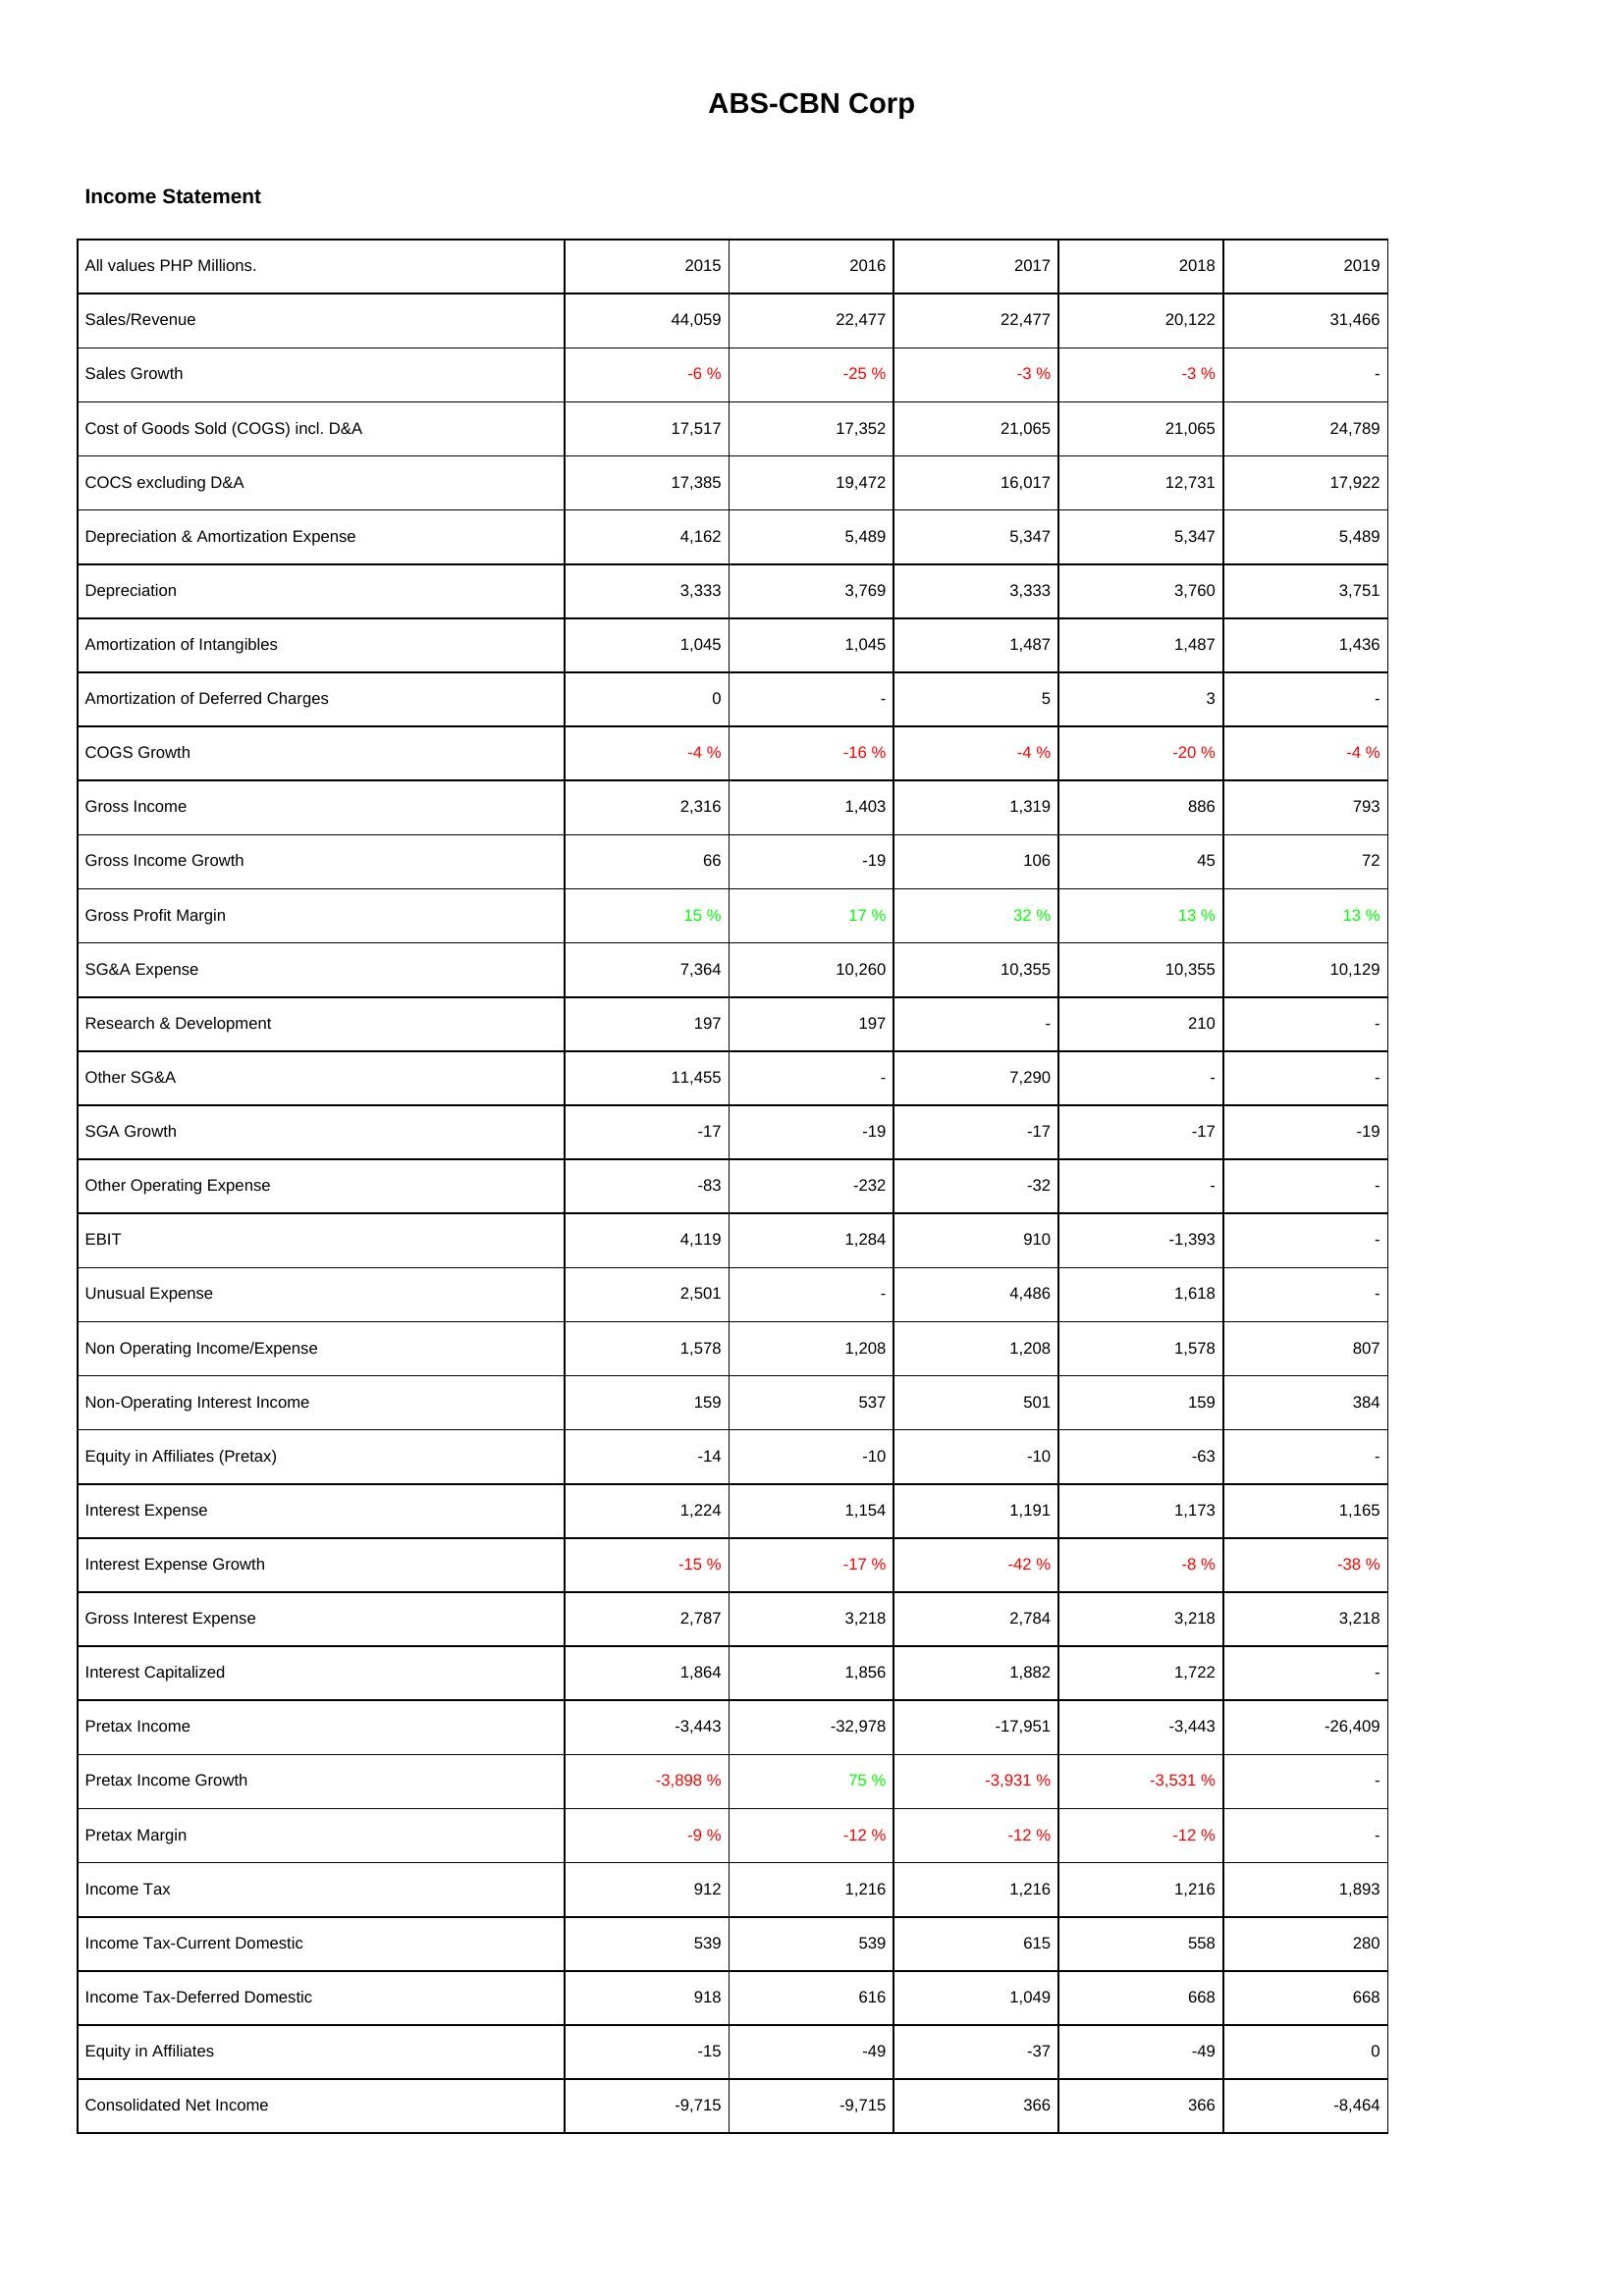
2015: Income Statement: Sales/Revenue: 44,059
Sales Growth: -6 %
Cost of Goods Sold (COGS) incl. D&A: 17,517
COCS excluding D&A: 17,385
Depreciation & Amortization Expense: 4,162
Depreciation: 3,333
Amortization of Intangibles: 1,045
Amortization of Deferred Charges: 0
COGS Growth: -4 %
Gross Income: 2,316
Gross Income Growth: 66
Gross Profit Margin: 15 %
SG&A Expense: 7,364
Research & Development: 197
Other SG&A: 11,455
SGA Growth: -17
Other Operating Expense: -83
EBIT: 4,119
Unusual Expense: 2,501
Non Operating Income/Expense: 1,578
Non-Operating Interest Income: 159
Equity in Affiliates (Pretax): -14
Interest Expense: 1,224
Interest Expense Growth: -15 %
Gross Interest Expense: 2,787
Interest Capitalized: 1,864
Pretax Income: -3,443
Pretax Income Growth: -3,898 %
Pretax Margin: -9 %
Income Tax: 912
Income Tax-Current Domestic: 539
Income Tax-Deferred Domestic: 918
Equity in Affiliates: -15
Consolidated Net Income: -9,715
2016: Income Statement: Sales/Revenue: 22,477
Sales Growth: -25 %
Cost of Goods Sold (COGS) incl. D&A: 17,352
COCS excluding D&A: 19,472
Depreciation & Amortization Expense: 5,489
Depreciation: 3,769
Amortization of Intangibles: 1,045
Amortization of Deferred Charges: -
COGS Growth: -16 %
Gross Income: 1,403
Gross Income Growth: -19
Gross Profit Margin: 17 %
SG&A Expense: 10,260
Research & Development: 197
Other SG&A: -
SGA Growth: -19
Other Operating Expense: -232
EBIT: 1,284
Unusual Expense: -
Non Operating Income/Expense: 1,208
Non-Operating Interest Income: 537
Equity in Affiliates (Pretax): -10
Interest Expense: 1,154
Interest Expense Growth: -17 %
Gross Interest Expense: 3,218
Interest Capitalized: 1,856
Pretax Income: -32,978
Pretax Income Growth: 75 %
Pretax Margin: -12 %
Income Tax: 1,216
Income Tax-Current Domestic: 539
Income Tax-Deferred Domestic: 616
Equity in Affiliates: -49
Consolidated Net Income: -9,715
2017: Income Statement: Sales/Revenue: 22,477
Sales Growth: -3 %
Cost of Goods Sold (COGS) incl. D&A: 21,065
COCS excluding D&A: 16,017
Depreciation & Amortization Expense: 5,347
Depreciation: 3,333
Amortization of Intangibles: 1,487
Amortization of Deferred Charges: 5
COGS Growth: -4 %
Gross Income: 1,319
Gross Income Growth: 106
Gross Profit Margin: 32 %
SG&A Expense: 10,355
Research & Development: -
Other SG&A: 7,290
SGA Growth: -17
Other Operating Expense: -32
EBIT: 910
Unusual Expense: 4,486
Non Operating Income/Expense: 1,208
Non-Operating Interest Income: 501
Equity in Affiliates (Pretax): -10
Interest Expense: 1,191
Interest Expense Growth: -42 %
Gross Interest Expense: 2,784
Interest Capitalized: 1,882
Pretax Income: -17,951
Pretax Income Growth: -3,931 %
Pretax Margin: -12 %
Income Tax: 1,216
Income Tax-Current Domestic: 615
Income Tax-Deferred Domestic: 1,049
Equity in Affiliates: -37
Consolidated Net Income: 366
2018: Income Statement: Sales/Revenue: 20,122
Sales Growth: -3 %
Cost of Goods Sold (COGS) incl. D&A: 21,065
COCS excluding D&A: 12,731
Depreciation & Amortization Expense: 5,347
Depreciation: 3,760
Amortization of Intangibles: 1,487
Amortization of Deferred Charges: 3
COGS Growth: -20 %
Gross Income: 886
Gross Income Growth: 45
Gross Profit Margin: 13 %
SG&A Expense: 10,355
Research & Development: 210
Other SG&A: -
SGA Growth: -17
Other Operating Expense: -
EBIT: -1,393
Unusual Expense: 1,618
Non Operating Income/Expense: 1,578
Non-Operating Interest Income: 159
Equity in Affiliates (Pretax): -63
Interest Expense: 1,173
Interest Expense Growth: -8 %
Gross Interest Expense: 3,218
Interest Capitalized: 1,722
Pretax Income: -3,443
Pretax Income Growth: -3,531 %
Pretax Margin: -12 %
Income Tax: 1,216
Income Tax-Current Domestic: 558
Income Tax-Deferred Domestic: 668
Equity in Affiliates: -49
Consolidated Net Income: 366
2019: Income Statement: Sales/Revenue: 31,466
Sales Growth: -
Cost of Goods Sold (COGS) incl. D&A: 24,789
COCS excluding D&A: 17,922
Depreciation & Amortization Expense: 5,489
Depreciation: 3,751
Amortization of Intangibles: 1,436
Amortization of Deferred Charges: -
COGS Growth: -4 %
Gross Income: 793
Gross Income Growth: 72
Gross Profit Margin: 13 %
SG&A Expense: 10,129
Research & Development: -
Other SG&A: -
SGA Growth: -19
Other Operating Expense: -
EBIT: -
Unusual Expense: -
Non Operating Income/Expense: 807
Non-Operating Interest Income: 384
Equity in Affiliates (Pretax): -
Interest Expense: 1,165
Interest Expense Growth: -38 %
Gross Interest Expense: 3,218
Interest Capitalized: -
Pretax Income: -26,409
Pretax Income Growth: -
Pretax Margin: -
Income Tax: 1,893
Income Tax-Current Domestic: 280
Income Tax-Deferred Domestic: 668
Equity in Affiliates: 0
Consolidated Net Income: -8,464